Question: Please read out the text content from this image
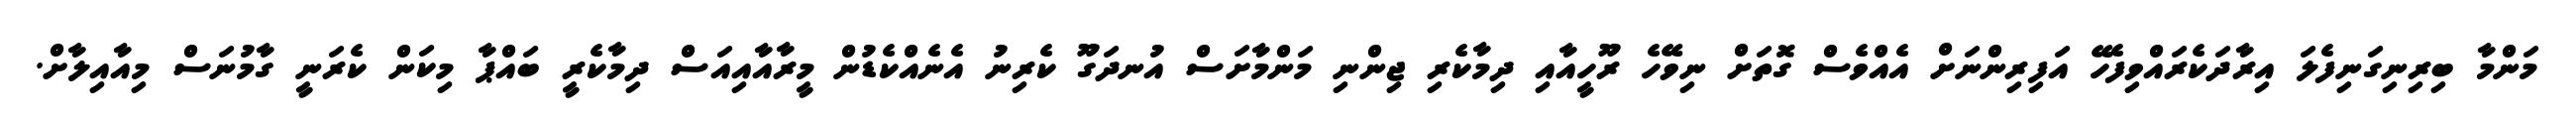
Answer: މަންމާ ބިރިނިގަނިފެލަ އިރާދަކެރައްވިފެހޭ އަފިރިންނަށް އެއްވެސް ގޮތަށް ނިވޭހެ ރޫހީއާއި ދިމާކެރި ޖިންނި މަންމާށަސް އުނދަގޫ ކެރިނު އެނެއްކެޑުން މީރާއާއިއަސް ދިމާކެރީ ބައްޕާ މިކަން ކެރަނީ ގާމުނަސް މިއާއިލާށް.